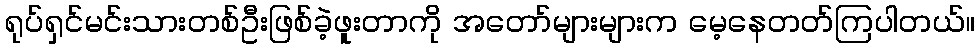
ရုပ်ရှင်မင်းသားတစ်ဦးဖြစ်ခဲ့ဖူးတာကို အတော်များများက မေ့နေတတ်ကြပါတယ်။